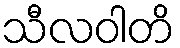
သီလဝါတိ